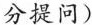
分提问)